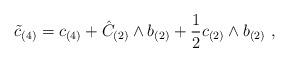
LaTeX: \begin{align*}\tilde c_{(4)} = c_{(4)} + \hat C_{(2)} \wedge b_{(2)}+ \frac{1}{2} c_{(2)} \wedge b_{(2)}\ ,\end{align*}